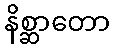
နိစ္ဆာတော